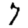
Digit: 7